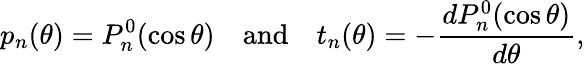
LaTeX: p_{n}(\theta)=P_{n}^{0}(\cos\theta)\quad\mathrm{and}\quad t_{n}(\theta)=-\frac{dP_{n}^{0}(\cos\theta)}{d\theta},